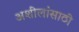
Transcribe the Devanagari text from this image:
अशीलांसाठी